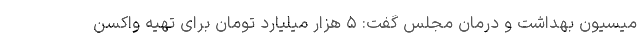
میسیون بهداشت و درمان مجلس گفت: ۵ هزار میلیارد تومان برای تهیه واکسن